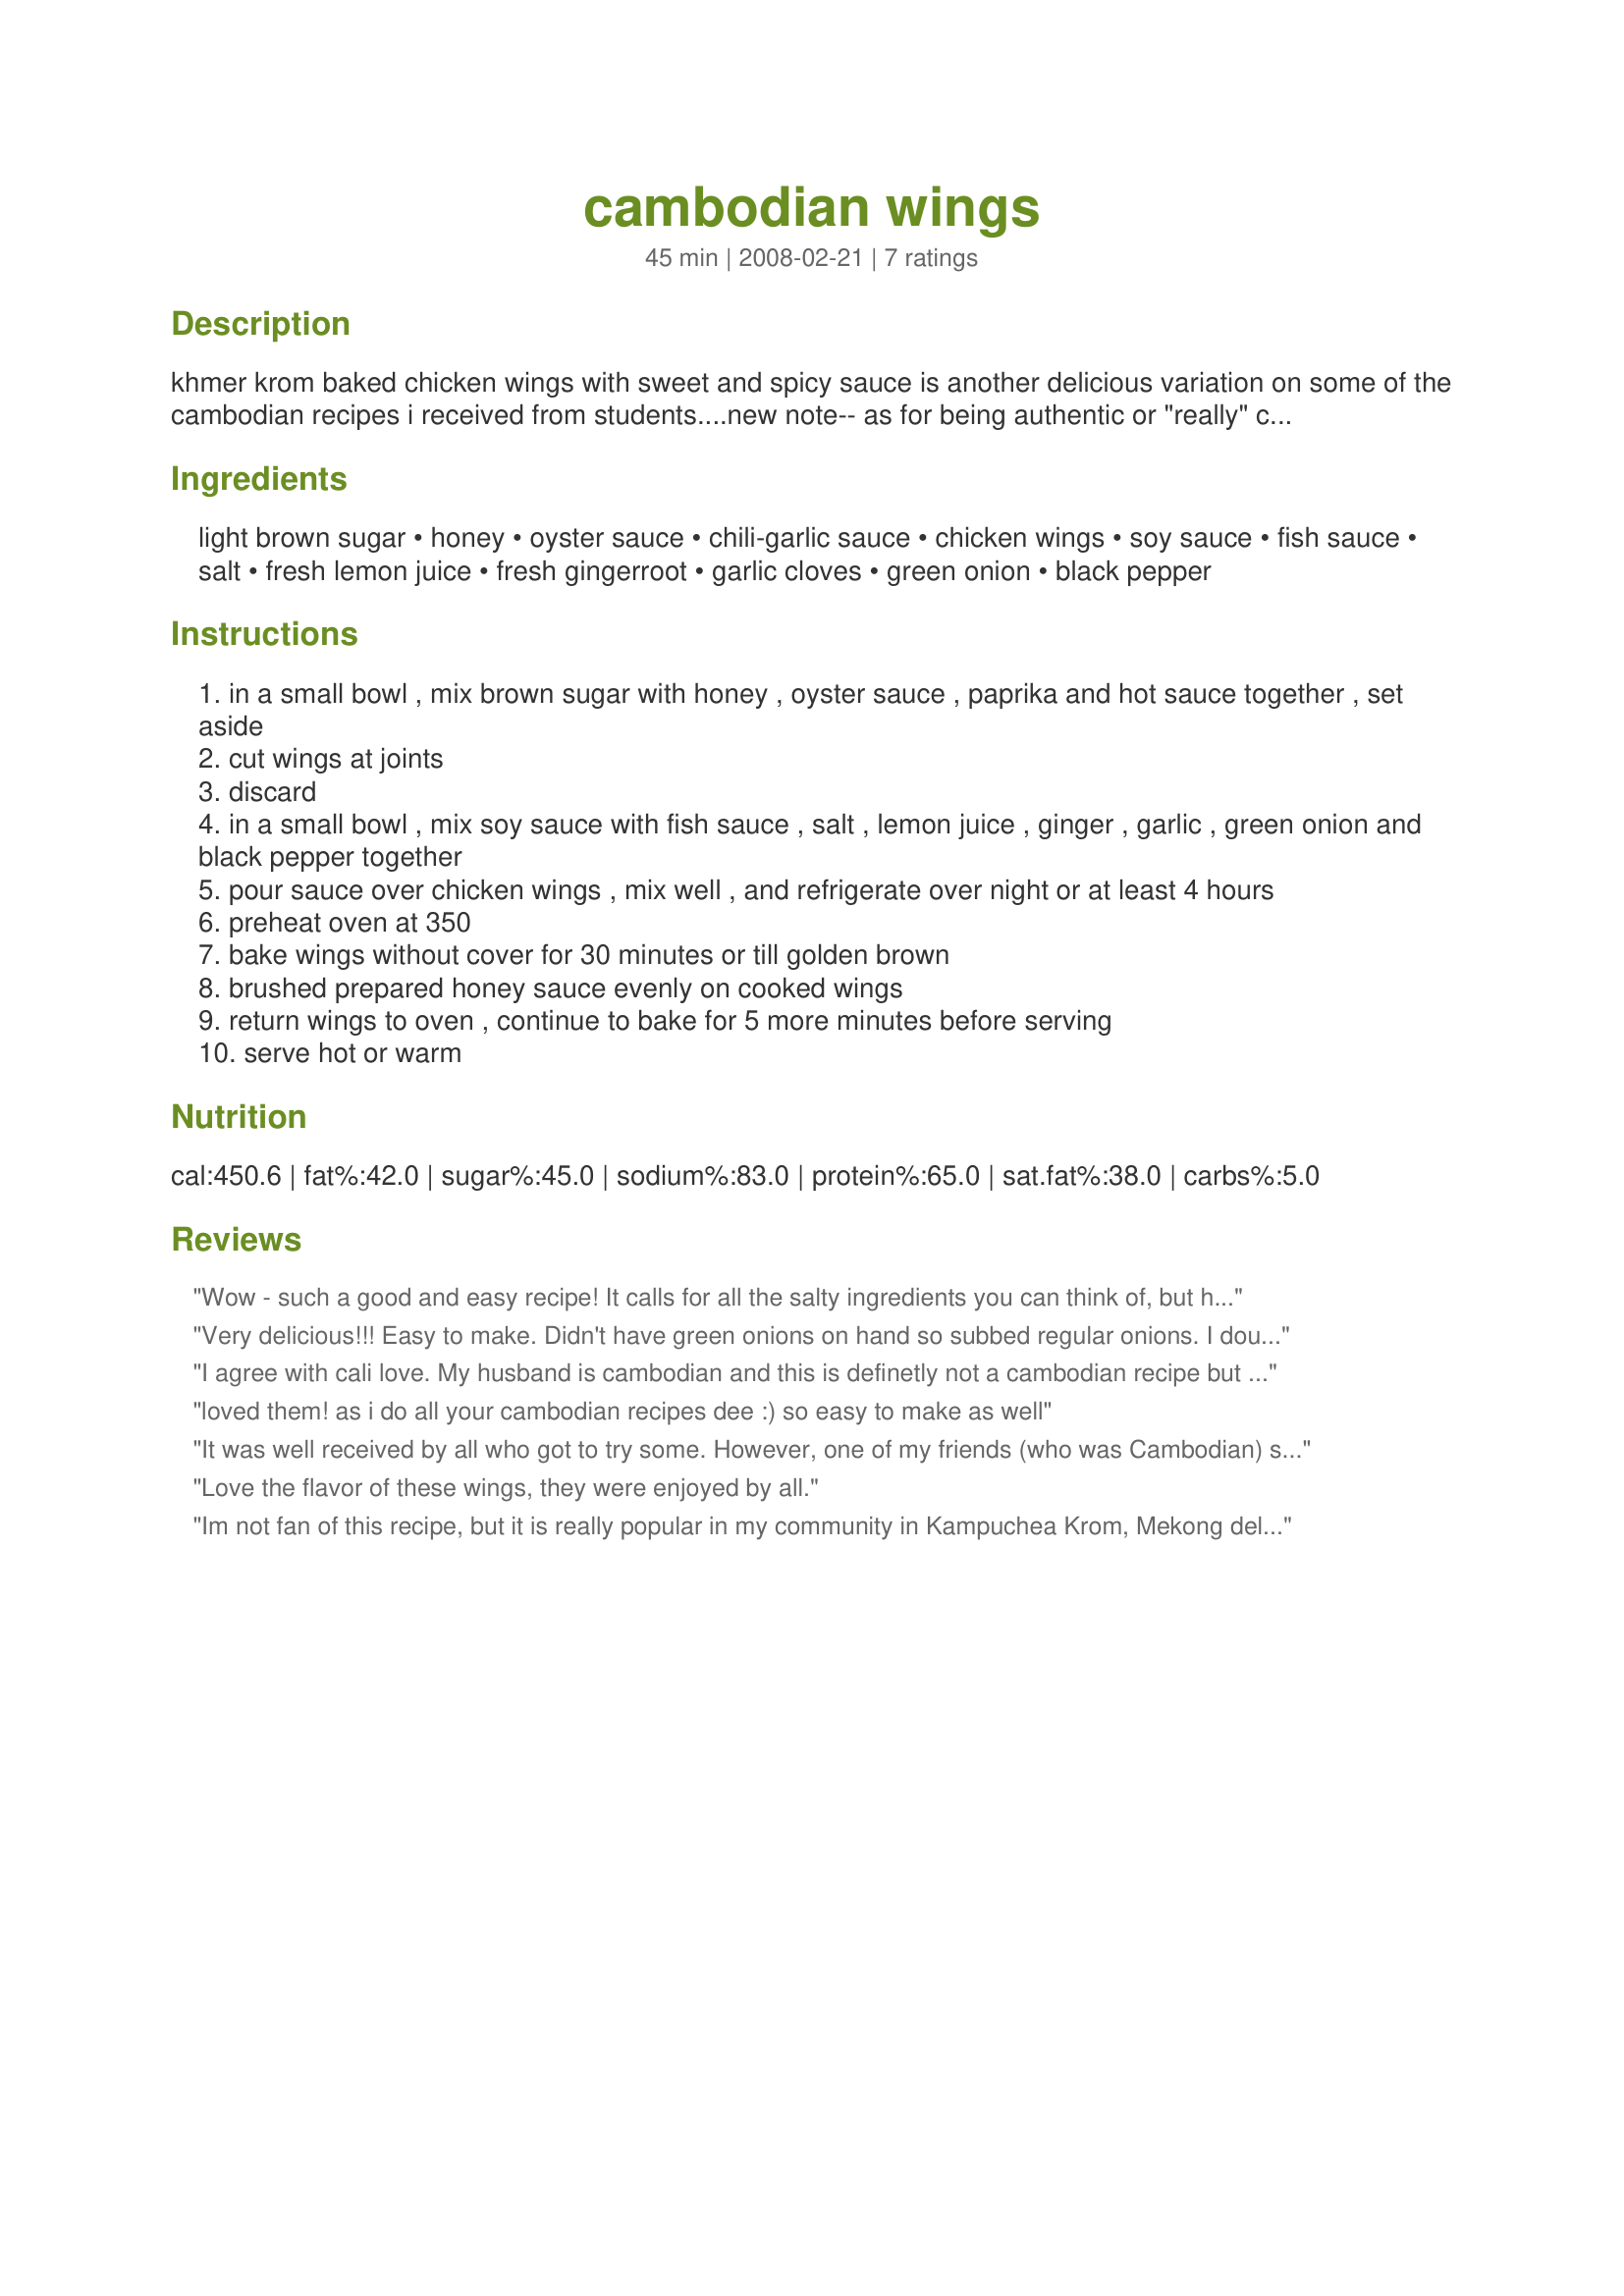
cambodian wings
Preparation time: 45 minutes

khmer krom baked chicken wings with sweet and spicy sauce is another delicious variation on some of the cambodian recipes i received from students....new note-- as for being authentic or "really" cambodian, all i can tell you is that i've had similar chicken at three different students' homes and this was from one student's grandmother. it's pretty good regardless!

Ingredients:
light brown sugar, honey, oyster sauce, chili-garlic sauce, chicken wings, soy sauce, fish sauce, salt, fresh lemon juice, fresh gingerroot, garlic cloves, green onion, black pepper

Steps:
in a small bowl , mix brown sugar with honey , oyster sauce , paprika and hot sauce together , set aside
cut wings at joints
discard
in a small bowl , mix soy sauce with fish sauce , salt , lemon juice , ginger , garlic , green onion and black pepper together
pour sauce over chicken wings , mix well , and refrigerate over night or at least 4 hours
preheat oven at 350
bake wings without cover for 30 minutes or till golden brown
brushed prepared honey sauce evenly on cooked wings
return wings to oven , continue to bake for 5 more minutes before serving
serve hot or warm

Reviews:
Wow - such a good and easy recipe! It calls for all the salty ingredients you can think of, but hey...it&#039;s what makes food taste good. I&#039;m Cambodian and this recipe doesn&#039;t taste &quot;Cambodian&quot; to me. But maybe it was recently invented by a Cambodian person (smile).
Very delicious!!! Easy to make.
Didn't have green onions on hand so subbed regular onions. I 
doubled the great sauce and we ate until we couldn't eat more!!
Will definitely make again. Thanks for this really great recipe.
I agree with cali love. My husband is cambodian and this is definetly not a cambodian recipe but he enjoyed this dish.
loved them! as i do all your cambodian recipes dee :) so easy to make as well
It was well received by all who got to try some. However, one of my friends (who was Cambodian) said he wouldn't have been able to tell it was supposed to be a Cambodian recipe... but still raved it was delish! Go figure.
Love the flavor of these wings, they were enjoyed by all.
Im not fan of this recipe, but it is really popular in my community in Kampuchea Krom, Mekong delta.&lt;br/&gt;&lt;br/&gt;This is our special dish, Khmer Krom means Cambodian living in Mekong delta, where was belong to Cambodia ancient kingdom in the past, in 17th century Vietnamese invased and now it is called Nam Bo or just Mekong delta, we just call Kampuchea Krom and its people is Khmer Krom, Krom mean low :D&lt;br/&gt;&lt;br/&gt;There are so much delicious dishes of our Khmer, but im sorry my English is not good to write a destruction and post in here :((
